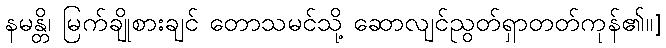
နမန္တိ၊ မြက်ချိုစားချင် တောသမင်သို့ ဆောလျင်ညွတ်ရှာတတ်ကုန်၏။]